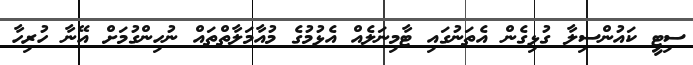
ސިޓީ ކައުންސިލާ ގުޅިގެން އެތަނުގައި ޓާމިނަލެއް އެޅުމުގެ މުއާމަލާތްތައް ނުހިންގުމަށް އޭނާ ހުރިހާ